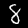
Digit: 8